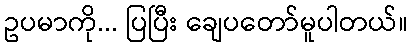
ဥပမာကို... ပြပြီး ချေပတော်မူပါတယ်။